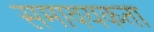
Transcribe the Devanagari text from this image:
समावयकता